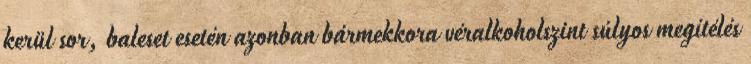
kerül sor, baleset esetén azonban bármekkora véralkoholszint súlyos megítélés